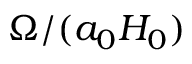
\Omega / ( a _ { 0 } H _ { 0 } )